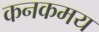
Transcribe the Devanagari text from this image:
कनकमय